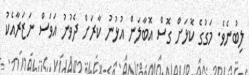
ލިބުނެވެ. މަގުގެ ކޮޅަށް ގޮސް އޮބާލަން އުޅުނު ކާރަށް ދެވުނު އަވަސް ނަޒަރާއެކު